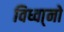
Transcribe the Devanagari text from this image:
विध्वा्नो